Cholera in India, 1862 to 1881
Year: 1862
Disease focus: Cholera
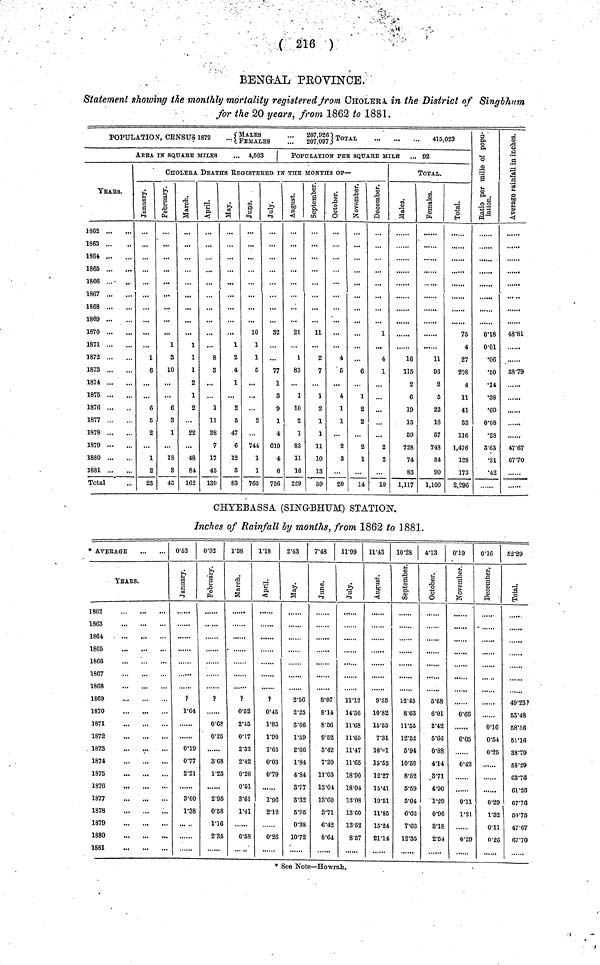
( 216 )
BENGAL PROVINCE.
Statement showing the monthly mortality registered from CHOLERA. in the District of Singbhnm
for the 20 years, from 1862 to 1881.
POPULATION, CENSUS 1872 {MALES ... 207,096. FEMALE ...207,097} TOTAL ... ... 415,023
AREA IN SQUARE MIMES
... 4,503
YEARS.
1862
1863
1864
1865
1866
1867
1868
1869
1870
1871
1872
1873
1874
1876
1876
1877
1878
1879
1880
1881
Total
POPULATION PER SQUARE MILE ... 92
CHOLERA DEATHS REGISTERED IN THE MONTHS OF—
January.
1
6
6
5
2
1
2
23
February.
1
3
10
6
3
1
18
3
45
March.
1
1
1
2
1
2
...
22
48
84
162
April.
8
3
...
1
11
88
7
17
45
130
May.
1
2
4
1
2
5
47
6
12
3
83
June.
10
1
1
6
2
744
1
1
765
July.
32
77
1
8
9
1
4
619
4
6
756
August.
21
1
83
1
10
2
1
83
11
16
229
September.
11
2
7
1
2
1
1
11
10
13
59
October.
...
4
5
4
1
1
2
3
20
November.
6
1
2
2
2
1
14
December.
1
4
1
2
2
10
TOTAL.
Males.
16
115
2
6
19
15
59
728
74
83
1,117
Females.
11
93
2
5
22
18
57
748
54
90
1,100
Total.
75
4
27
208
4
11
41
33
116
1,476
128
173
2,296
Ratio per mille of population.
0.18
0.01
•06
•60
•14
•38
•60
0.08
•28
3.63
•31
•42
Average rainfall in inches
48.81
38.79
47.67
6770
CHYEBASSA (SINGBHUM) STATION.
Inches of Rainfall by months, from 1862 to 1881.
* AVERAGE
TEARS.
1862
1863
1864
18G5
1866
1867
1868
1869
1870
1871
1872
1873
1874
1875
1876
1877
1878
1879
1880
1881
0.52
January.
?
1.64
0.19
0.77
2.21
3.00
1.38
0.92
February.
p
0.68
0.25
3.68
1.23
2.95
0.58
1.16
2.85
1.58
March.
?
0.52
2.45
0.17
2.32
2.42
0.26
0.51
3.61
1.41
0.58
1.18
April.
?
0.45
1.85
1.90
1.65
0.03
0.79
1.96
2.12
0.26
2.43
May.
2.56
2.25
3.66
1.59
2.66
1.84
4.84
3.77
3.32
5.95
0.38
10.72
7.48
June.
8.07
8.14
8.66
9.52
3.42
7.20
11.03
13.04
13.60
3.71
6.42
8.64
11.99
July.
11.12
14.36
11.08
11.65
11.47
11.65
18.90
18.04
13.08
13.00
13.62
8.57
11.43
August.
9.35
10.82
15.55
7.31
10.01
15.55
12.27
15.41
19.51
11.85
15.24
21.14
10.28
September.
12.45
8.63
11.55
12.52
6.94
10.69
8.52
5.59
5.04
6.66
7.66
12.35
4.13
October.
5.68
6.01
2.42
6.63
0.88
4.14
8.71
4.90
1.29
0.96
3.18
2.54
0.19
November.
0.66
0.05
0.42
0.11
1.21
0.29
0.16
December.
0.16
0.54
0.25
0.29
1.82
0.11
0.26
52.29
I
49.23?
53.48
58.56
51.16
38.79
58.29
63.76
61.20
67.76
50.75
47.67
67.70
* See Note—Howrah.